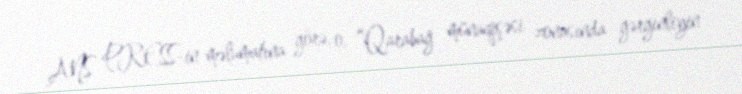
ANS PRESS-in məlumatına görə, o, “Qarabağ münaqişəsi zonasında gərginliyin